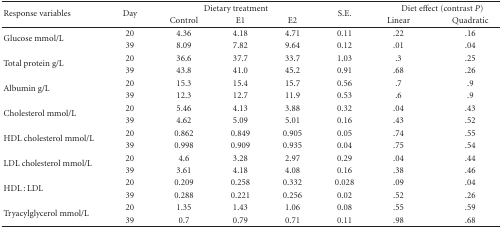
<table><thead><tr><td rowspan="2"><b>Response variables</b></td><td rowspan="2"><b>Day</b></td><td colspan="3"><b>Dietary treatment</b></td><td rowspan="2"><b>S.E.</b></td><td colspan="2"><b>Diet effect (contrast <i>P</i>)</b></td></tr><tr><td><b>Control</b></td><td><b>E1</b></td><td><b>E2</b></td><td><b>Linear</b></td><td><b>Quadratic</b></td></tr></thead><tbody><tr><td rowspan="2">Glucose mmol/L</td><td>20</td><td>4.36</td><td>4.18</td><td>4.71</td><td>0.11</td><td>.22</td><td>.16</td></tr><tr><td>39</td><td>8.09</td><td>7.82</td><td>9.64</td><td>0.12</td><td>.01</td><td>.04</td></tr><tr><td rowspan="2">Total protein g/L</td><td>20</td><td>36.6</td><td>37.7</td><td>33.7</td><td>1.03</td><td>.3</td><td>.25</td></tr><tr><td>39</td><td>43.8</td><td>41.0</td><td>45.2</td><td>0.91</td><td>.68</td><td>.26</td></tr><tr><td rowspan="2">Albumin g/L</td><td>20</td><td>15.3</td><td>15.4</td><td>15.7</td><td>0.56</td><td>.7</td><td>.9</td></tr><tr><td>39</td><td>12.3</td><td>12.7</td><td>11.9</td><td>0.53</td><td>.6</td><td>.9</td></tr><tr><td rowspan="2">Cholesterol mmol/L</td><td>20</td><td>5.46</td><td>4.13</td><td>3.88</td><td>0.32</td><td>.04</td><td>.43</td></tr><tr><td>39</td><td>4.62</td><td>5.09</td><td>5.01</td><td>0.16</td><td>.43</td><td>.52</td></tr><tr><td rowspan="2">HDL cholesterol mmol/L</td><td>20</td><td>0.862</td><td>0.849</td><td>0.905</td><td>0.05</td><td>.74</td><td>.55</td></tr><tr><td>39</td><td>0.998</td><td>0.909</td><td>0.935</td><td>0.04</td><td>.75</td><td>.54</td></tr><tr><td rowspan="2">LDL cholesterol mmol/L</td><td>20</td><td>4.6</td><td>3.28</td><td>2.97</td><td>0.29</td><td>.04</td><td>.44</td></tr><tr><td>39</td><td>3.61</td><td>4.18</td><td>4.08</td><td>0.16</td><td>.38</td><td>.46</td></tr><tr><td rowspan="2">HDL : LDL</td><td>20</td><td>0.209</td><td>0.258</td><td>0.332</td><td>0.028</td><td>.09</td><td>.04</td></tr><tr><td>39</td><td>0.288</td><td>0.221</td><td>0.256</td><td>0.02</td><td>.52</td><td>.26</td></tr><tr><td rowspan="2">Tryacylglycerol mmol/L</td><td>20</td><td>1.35</td><td>1.43</td><td>1.06</td><td>0.08</td><td>.55</td><td>.59</td></tr><tr><td>39</td><td>0.7</td><td>0.79</td><td>0.71</td><td>0.11</td><td>.98</td><td>.68</td></tr></tbody></table>